Calcutta medical institutions reports 1871-78
Year: 1871
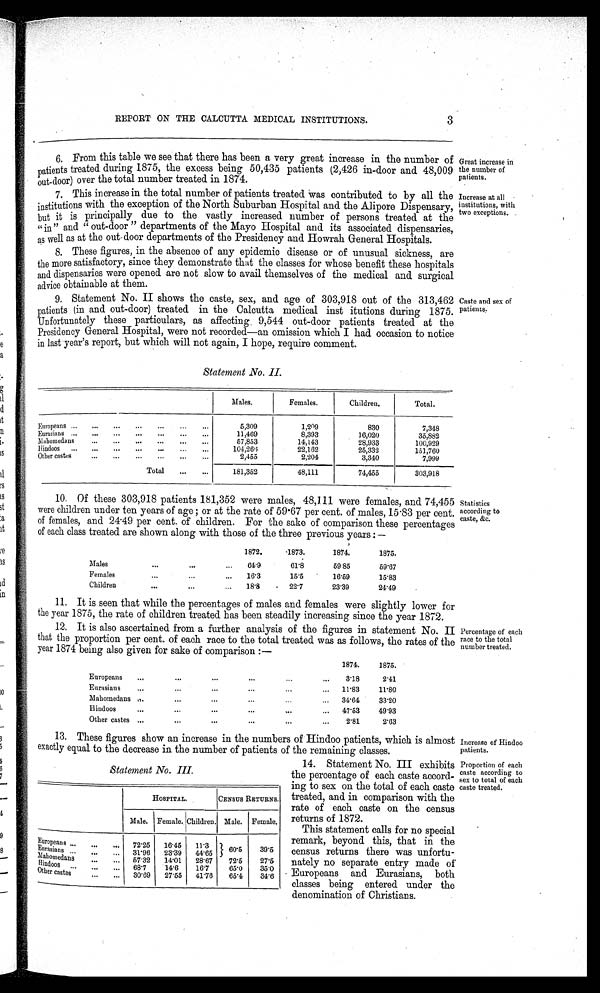
Great increase in
the number of
patients.
Increase at all
institutions, with
two exceptions.
3
REPORT ON THE CALCUTTA MEDICAL INSTITUTIONS.
6. From this table we see that there has been a very great increase in the number of
patients treated during 1875, the excess being 50,435 patients (2,426 in-door and 48,009
o u t - d o o r ) o v e r t h e t o t a l n u mb e r t r e a t e d i n 1 8 7 4 .
7. This increase in the total number of patients treated was contributed to by all the
institutions with the exception of the North Suburban Hospital and the Alipore Dispensary,
but it is principally due to the vastly increased number of persons treated at the
"in" and "out-door" departments of the Mayo Hospital and its associated dispensaries,
as well as at the out door departments of the Presidency and Howrah General Hospitals.
8. These figures, in the absence of any epidemic disease or of unusual sickness, are
the more satisfactory, since they demonstrate that the classes for whose benefit these hospitals
and dispensaries were opened are not slow to avail themselves of the medical and surgical
advice obtainable at them.
9. Statement No. II shows the caste, sex, and age of 303,918 out of the 313,462
patients (in and out-door) treated in the Calcutta medical institutions during 1875.
Unfortunately these particulars, as affecting 9,544 out-door patients treated at the
Presidency General Hospital, were not recorded—an omission which I had occasion to notice
in last year's report, but which will not again, I hope, require comment.
Caste and sex of
patients.
Statement No. II.
Males.
Females.
Children.
Total.
Europeans
5,309
1,209
830
7,348
Eurasians.
11,469
8,393
16,020
35,882
Mahomedans.
57,853
14,143
28,933
100,929
Hindoos
104,266
22,162
25,332
151,760
Other castes
2,455
2,204
3,340
7,999
Total
1 8 1 , 3 5 2
48,111
74,455
303,918
10. Of these 303,918 patients 181,352 were males, 48,111 were females, and 74,455
were children under ten years of age; or at the rate of 59·67 per cent. of males, 15·83 per cent.
of females, and 24·49 per cent. of children. For the sake of comparison these percentages
of each class treated are shown along with those of the three previous years:—
1872.
1873.
1874.
1875.
Males
64·9
61·8
59·85
59·67
Females
16·3
15·5
16·59
15·83
Children
18·8
22·7
23·39
24·49
11. It is seen that while the percentages of males and females were slightly lower for
the year 1875, the rate of children treated has been steadily increasing since the year 1872.
12. It is also ascertained from a further analysis of the figures in statement No. II
that the proportion per cent. of each race to the total treated was as follows, the rates of the
year 1874 being also given for sake of comparison:—
1874.
1875.
Europeans
3·18
2·41
Eurasians
11·83
11·80
Mahomedans
34·64
33·20
Hindoos
47·53
49·93
Other castes
2·81
2·63
13. These figures show an increase in the numbers of Hindoo patients, which is almost
exactly equal to the decrease in the number of patients of the remaining classes.
Statistics
according to
caste, &c.
Percentage of each
race to the total
number treated.
Increase of Hindoo
patients.
Statement No. III.
HOSPITAL.
CENSUS RETURNS.
Male. Female. Children. Male. Female.
Eu ropeans
72·25
16·45
11·3
60·5
39·5
Eu rasians
31·96
23·39
44·65
Mahomedaus
57·32
14·01
28·67
27·5
72·5
H indoos
68·7
14·6
16·7
65·0
35·0
Other castes
30·69
27·65
41·76
65·4
34·6
14. Statement No. III exhibits
the percentage of each caste accord
-
ing to sex on the total of each caste
treated, and in comparison with the
rate of each caste on the census
returns of 1872.
This statement calls for no special
remark, beyond this, that in the
census returns there was unfortu
-
nately no separate entry made of
Europeans and Eurasians, both
classes being entered under the
denomination of Christians.
Proportion of each
caste according to
sex to total of each
caste treated.